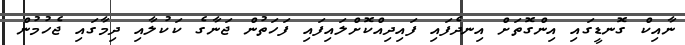
ނާއިކް ގޮނޑީގައި އިންގޮތަށް އިނދެފައި ފައިދިއްކޮށްލައިފައި ފަހަތުން ޖަނާގެ ކަކުލާއި ދިމާގައި ޖެހުމުން